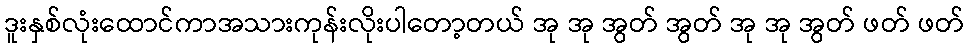
ဒူးနှစ်လုံးထောင်ကာအသားကုန်းလိုးပါတော့တယ် အု အု အွတ် အွတ် အု အု အွတ် ဖတ် ဖတ်